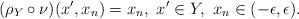
LaTeX: \begin{align*}(\rho_Y \circ \nu)(x', x_n) = x_n, \ x' \in Y, \ x_n \in (-\epsilon, \epsilon).\end{align*}